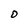
Character: O